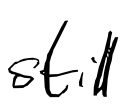
Text: still
Cross-out: clean
Writing tool: digital_black